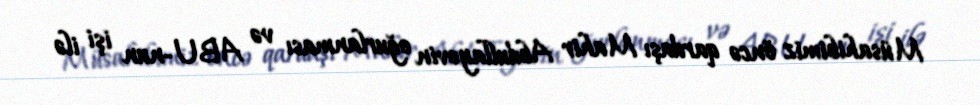
Müsahibimiz öncə qardaşı Mahir Abdullayevin oğurlanması və ABU-nun işi ilə